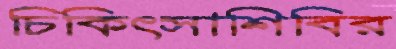
চিকিৎসাশিবির